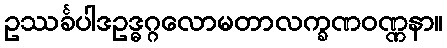
ဥဿင်္ခပါဒဥဒ္ဓဂ္ဂလောမတာလက္ခဏဝဏ္ဏနာ။